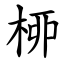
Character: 桺